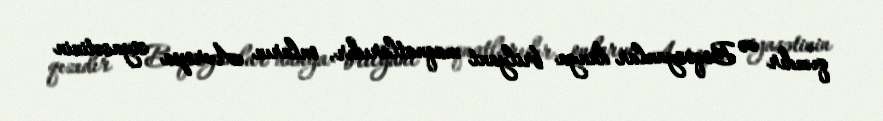
qızıdır və Boqosyanlar dünya brilyant maqnatlarıdır, onların Avropa siyasətinin